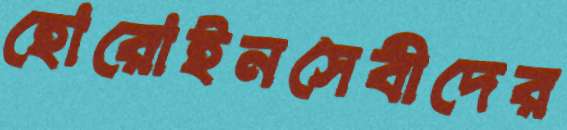
হোরোইনসেবীদের